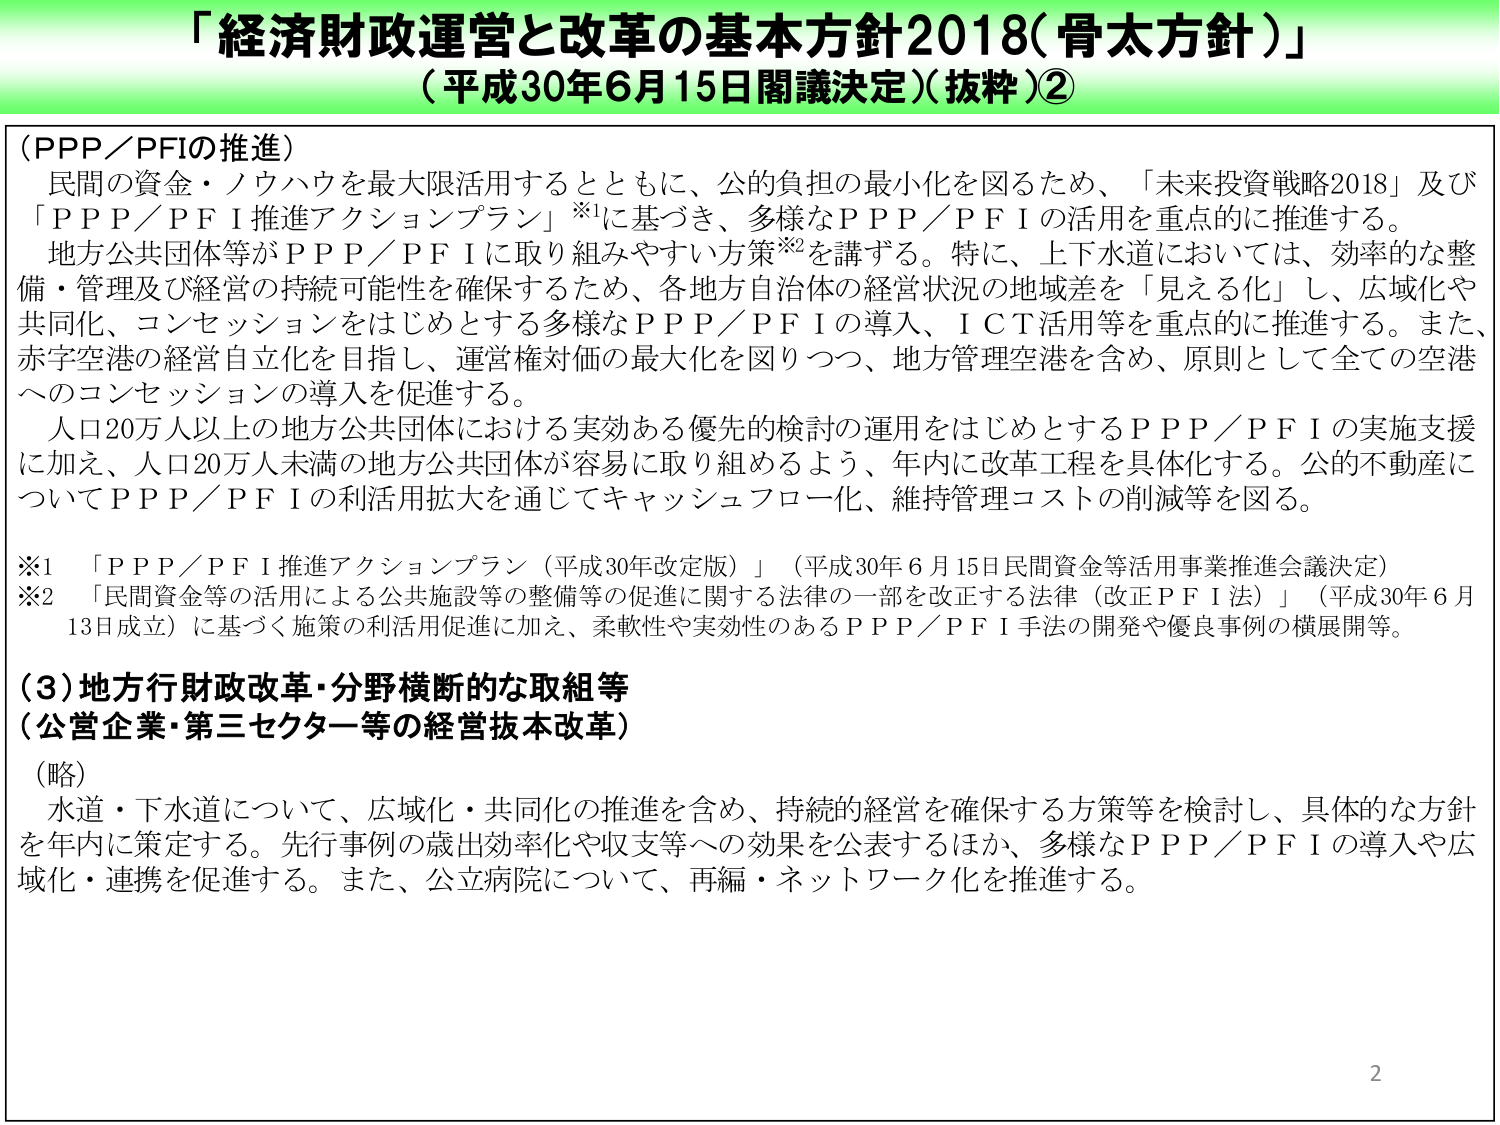
「経済財政運営と改革の基本方針2018（骨太方針）」
（平成30年6月15日閣議決定）（抜粋）②

（PPP／PFIの推進）
民間の資金・ノウハウを最大限活用するとともに、公的負担の最小化を図るため、「未来投資戦略2018」及び「ＰＰＰ／ＰＦＩ推進アクションプラン」※1に基づき、多様なＰＰＰ／ＰＦＩの活用を重点的に推進する。
地方公共団体等がＰＰＰ／ＰＦＩに取り組みやすい方策※2を講ずる。特に、上下水道においては、効率的な整備・管理及び経営の持続可能性を確保するため、各地方自治体の経営状況の地域差を「見える化」し、広域化や共同化、コンセッションをはじめとする多様なＰＰＰ／ＰＦＩの導入、ＩＣＴ活用等を重点的に推進する。また、赤字空港の経営自立化を目指し、運営権対価の最大化を図りつつ、地方管理空港を含め、原則として全ての空港へのコンセッションの導入を促進する。
人口20万人以上的地方公共団体における実効ある優先的検討の運用をはじめとするＰＰＰ／ＰＦＩの実施支援に加え、人口20万人未満の地方公共団体が容易に取り組めるよう、年内に改革工程を具体化する。公的不動産についてＰＰＰ／ＰＦＩの利活用拡大を通じてキャッシュフロー化、維持管理コストの削減等を図る。

※1 「ＰＰＰ／ＰＦＩ推進アクションプラン（平成30年改定版）」（平成30年6月15日民間資金等活用事業推進会議決定）
※2 「民間資金等の活用による公共施設等の整備等の促進に関する法律の一部を改正する法律（改正ＰＦＩ法）」（平成30年6月13日成立）に基づく施策の利活用促進に加え、柔軟性や実効性のあるＰＰＰ／ＰＦＩ手法の開発や優良事例の横展開等。

（3）地方行財政改革・分野横断的な取組等
（公営企業・第三セクター等の経営抜本改革）
（略）
水道・下水道について、広域化・共同化の推進を含め、持続的経営を確保する方策等を検討し、具体的な方針を年内に策定する。先行事例の歳出効率化や収支等への効果を公表するほか、多様なＰＰＰ／ＰＦＩの導入や広域化・連携を促進する。また、公立病院について、再編・ネットワーク化を推進する。

2